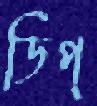
ডিপ্